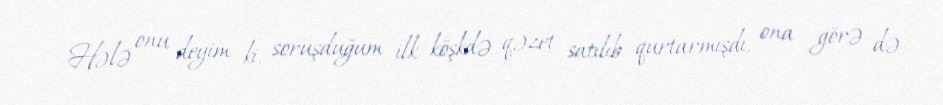
Hələ onu deyim ki, soruşduğum ilk köşkdə qəzet satılıb qurtarmışdı, ona görə də